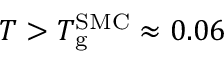
T > T _ { \mathrm { g } } ^ { \mathrm { S M C } } \approx 0 . 0 6